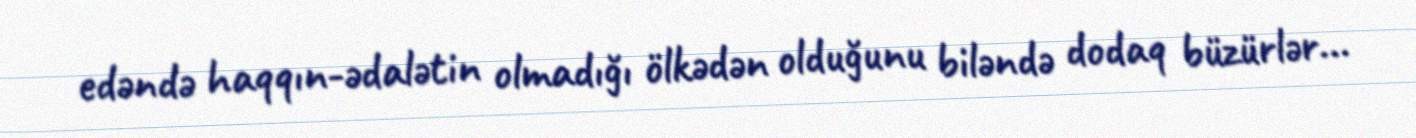
edəndə haqqın-ədalətin olmadığı ölkədən olduğunu biləndə dodaq büzürlər...